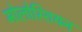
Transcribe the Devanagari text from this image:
मोलोस्शियन